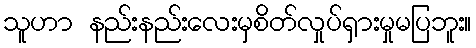
သူဟာ နည်းနည်းလေးမှစိတ်လှုပ်ရှားမှုမပြဘူး။